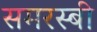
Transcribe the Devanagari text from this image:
समरस्बी